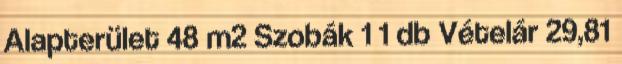
Alapterület 48 m2 Szobák 1 1 db Vételár 29,81